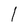
Character: l